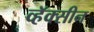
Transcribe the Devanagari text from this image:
व्हॅक्सीन